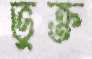
ভুক্ত